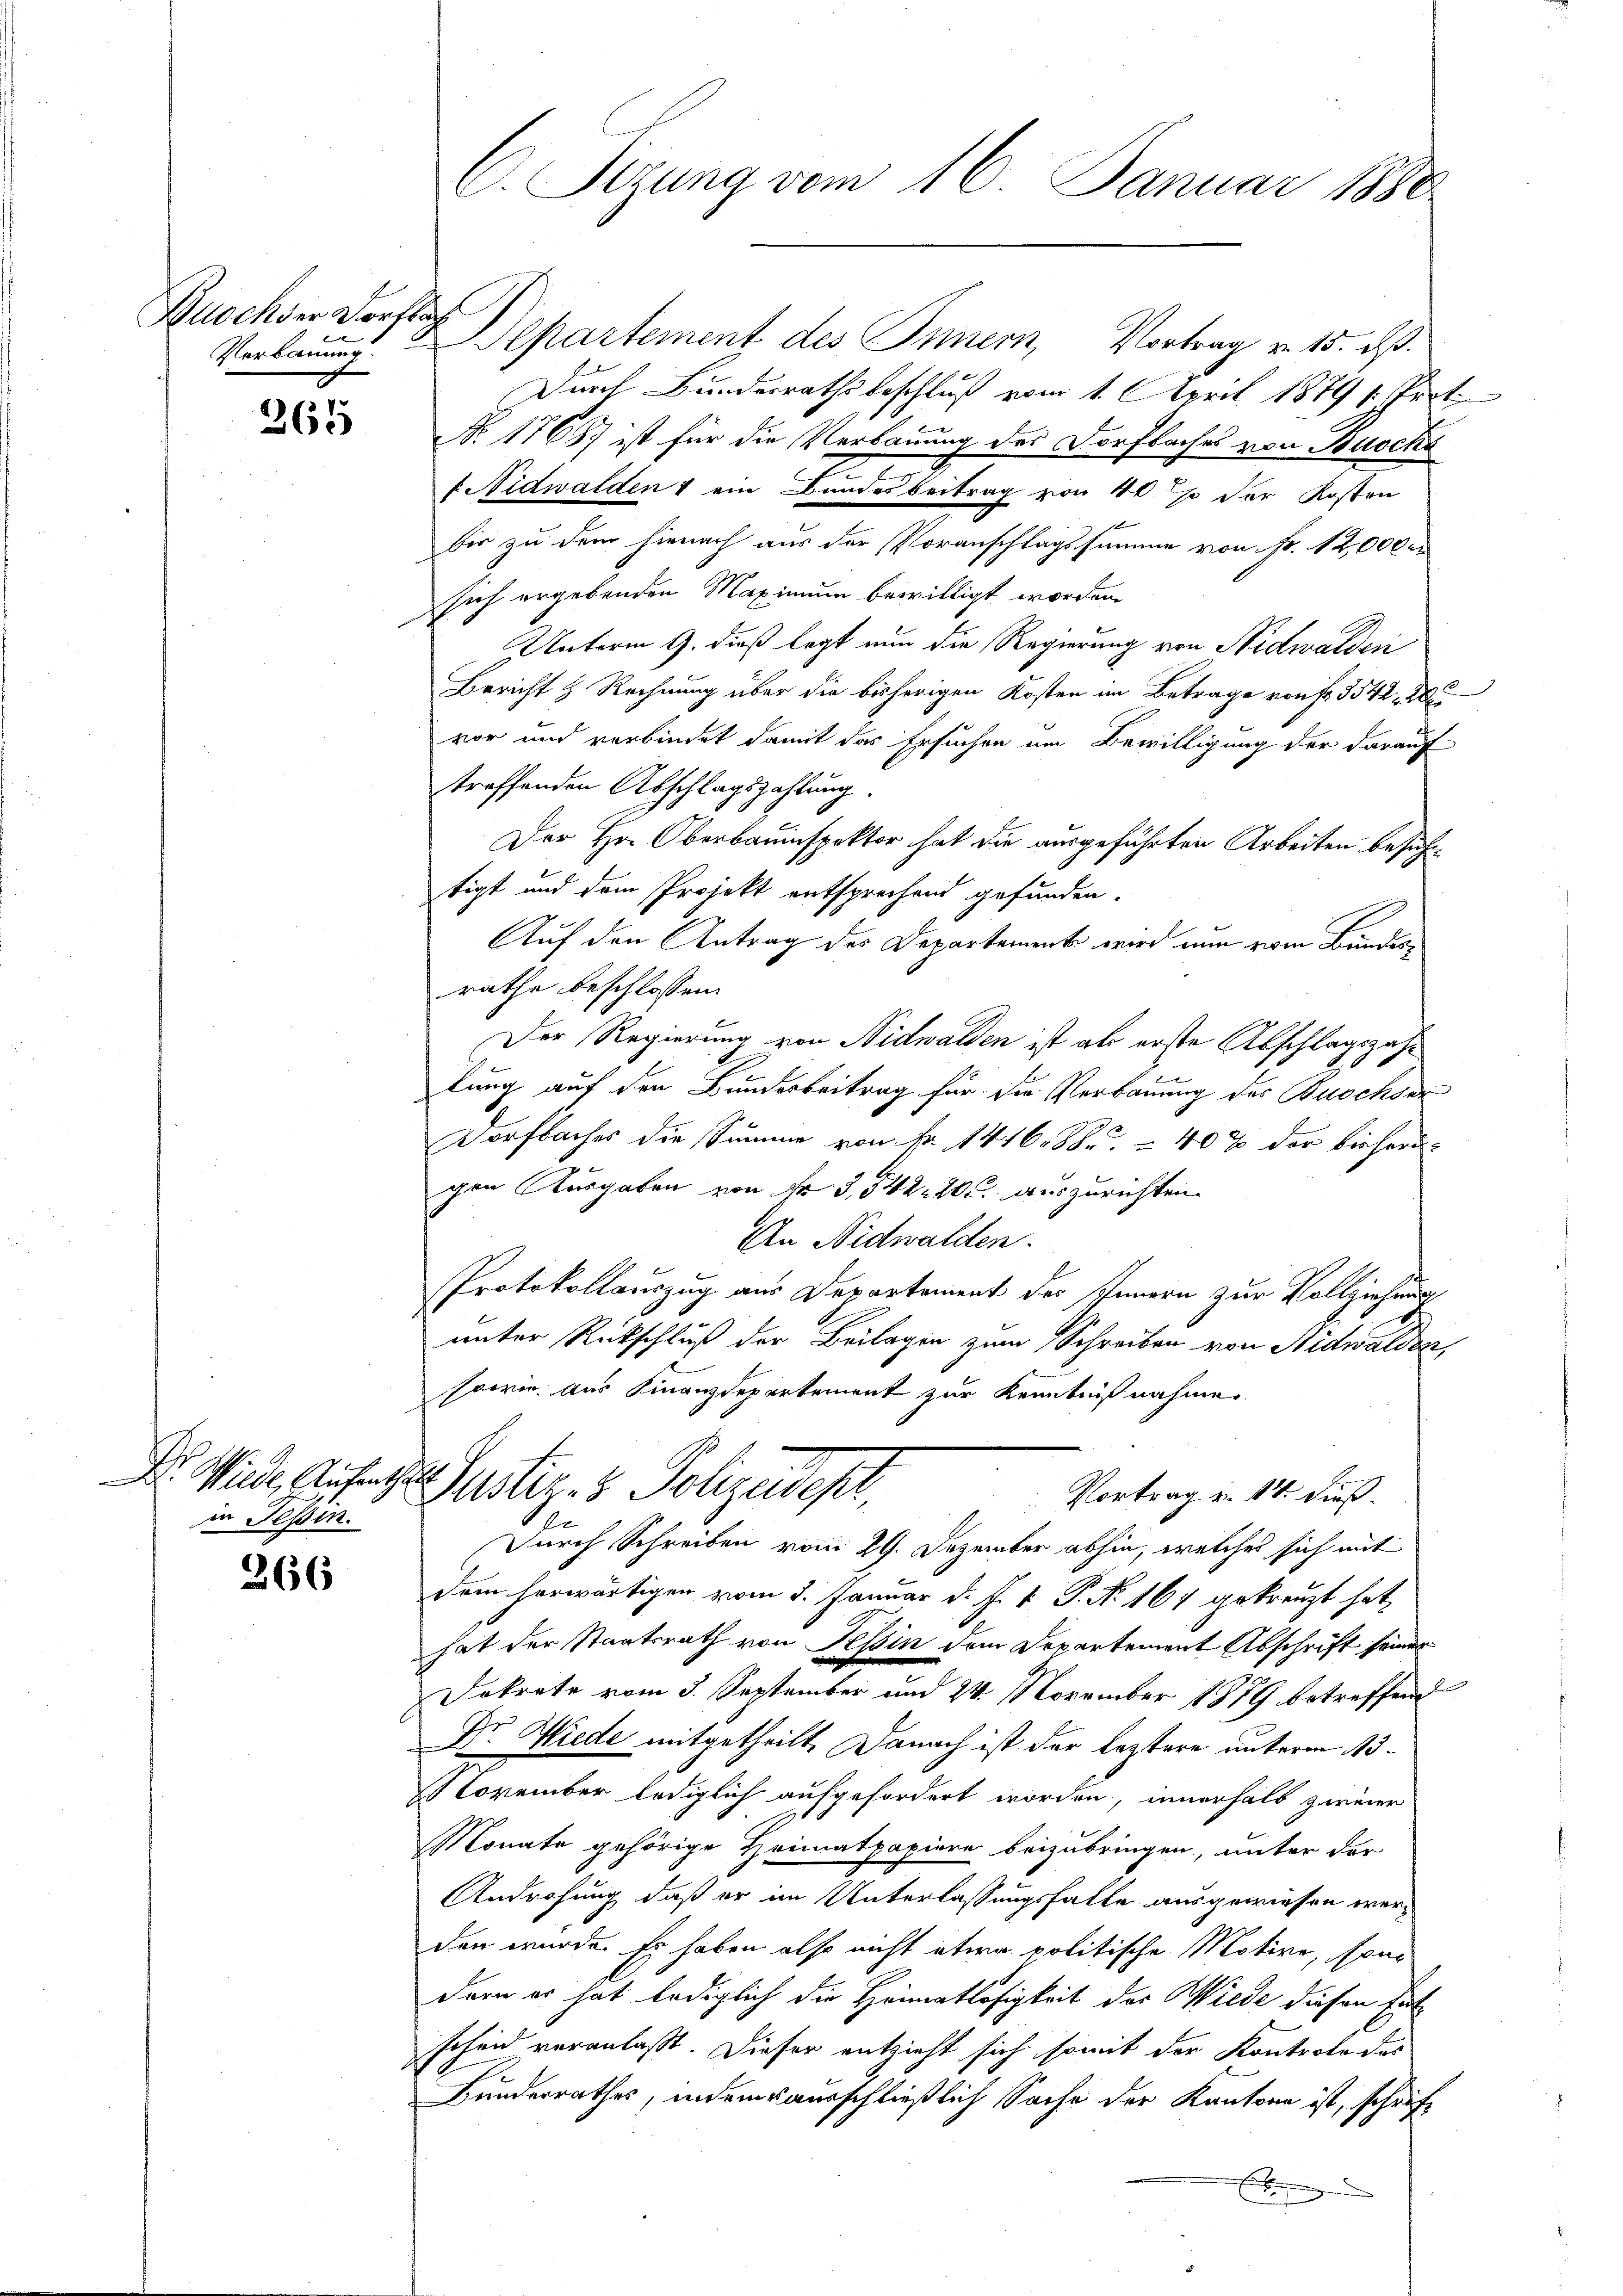
Zusch der Dorfbach
Verbauung.

365

in Tessin.

366

C. Sizung vom 16. Januar 1880

Departement des Innern, Vortrag v. 15. dß.
Durch Bundesrathsbeschluß vom 1. April 1879 : Pert
No 1768) ist für die Verbauung des Dorfbaches von Buoche
( Nidwalden & ein Bundesbeitrag von 40. so der Kosten
bis zu dem hienach aus der Voranschlagssumme von Fr. 12,000
sich ergebenden Maximum bewilligt worden.
Unterm 9. dieß legt nun die Regierung von Nidwalden
Bericht & Rechnung über die bisherigen Kosten im Betrage von Fr. 3542. Di
vor und verbindet damit das Ersuchen um Bewilligung der darauf
treffenden Abschlagszahlung.
Der Hr. Oberbauinspektor hat die ausgeführten Arbeiten besuchttigt und dem Projekt entsprechend gefunden.
Auf den Antrag des Departement wird nun vom Bundesrathe beschlossen:
Der Regierung von Nidwalden ist als erste Abschlagszahlung auf den Bundesbeitrag für die Verbauung des Buschver
Dorfbaches die Summe von Nr. 1416. 88. - 40% der bisherigen Ausgaben von Fr. 3,542. 205 auszurichten.
An Nidwalden.
Protokollauszug aus Departement des Innern zur Vollziehung
unter Rückschluß der Beilagen zum Schreiben von Nidwalden,
sowie aus Finanzdepartement zur Kenntnißnahmen
Dr. Wieder Aufene Justiz- & Polizeidest
Vortrag v. 14. dieß.
Durch Schreiben vom 29. Dezember abhin, welches sich mit
dem herwärtigen vom 5. Januar d. J. J. P. N. 167 gekreuzt hat,
hat der Staatsrath von Tessin dem Departement Abschrift seiner
Dokrate vom 3. September und 24. November 1879 betreffend
Dr. Wiede mitgetheilt. Danach ist der leztere unterm 13.
November lediglich aufgefordert worden, innerhalb zweier
Monate gehörige Heimatpapiere beizubringen, unter der
Androhung, daß er im Unterlassungshalte ausgewiesen werden wurde. Es haben also nicht etwa politische Motive, sondern er hat lediglich die Heimatlosigkeit der Wiede diesen Entscheid veranlaßt. Dieser entzieht sich somit der Kontrole des
Bunderrathes, indem ausschließlich Sache der Kantone ist, schrift